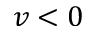
v < 0